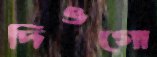
দিওগো